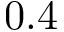
0 . 4